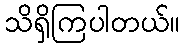
သိရှိကြပါတယ်။